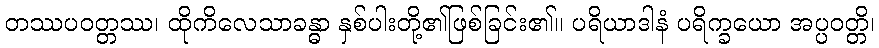
တဿပဝတ္တဿ၊ ထိုကိလေသာခန္ဓာ နှစ်ပါးတို့၏ဖြစ်ခြင်း၏။ ပရိယာဒါနံ ပရိက္ခယော အပ္ပဝတ္တိ၊